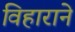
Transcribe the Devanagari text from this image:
विहाराने